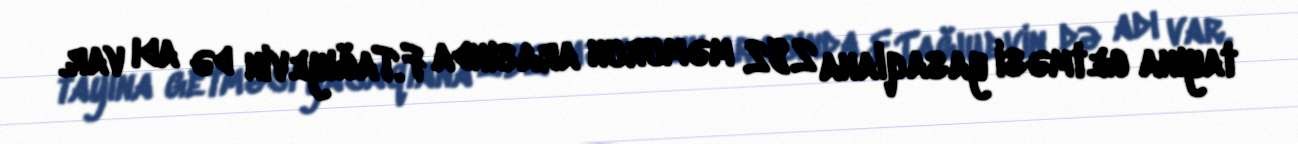
tayına getməsi yasaqlana 282 məmurun arasında F.Tağıyevin də adı var.